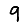
Digit: 9